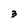
Character: 3